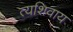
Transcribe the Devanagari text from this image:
त्यशिवाय